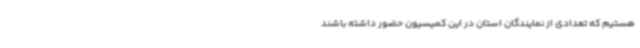
هستیم که تعدادی از نمایندگان استان در این کمیسیون حضور داشته باشند